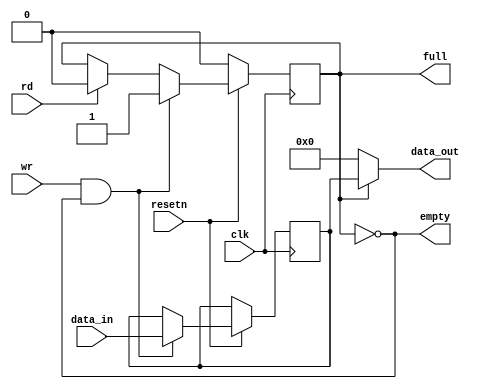
module fifo #(
    parameter WIDTH = 32
) (
    input clk,
    input resetn,
    input rd,
    input wr,
    input [WIDTH-1:0] data_in,
    output full,
    output empty,
    output [WIDTH-1:0] data_out
);

reg [WIDTH-1:0] data;
reg have_data;

always @(posedge clk) begin
    if (!resetn) begin
        have_data <= 0;
    end else begin
        if (wr && !have_data) begin
            data <= data_in;
            have_data <= 1;
        end else if (rd) begin
            have_data <= 0; /* note that we don't clear data */
        end
    end
end

always @(*) begin
    data_out = have_data ? data : 0;
    full = have_data;
    empty = !have_data;
end

endmodule